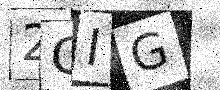
Text: 2GIG